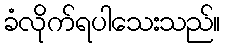
ခံလိုက်ရပါသေးသည်။